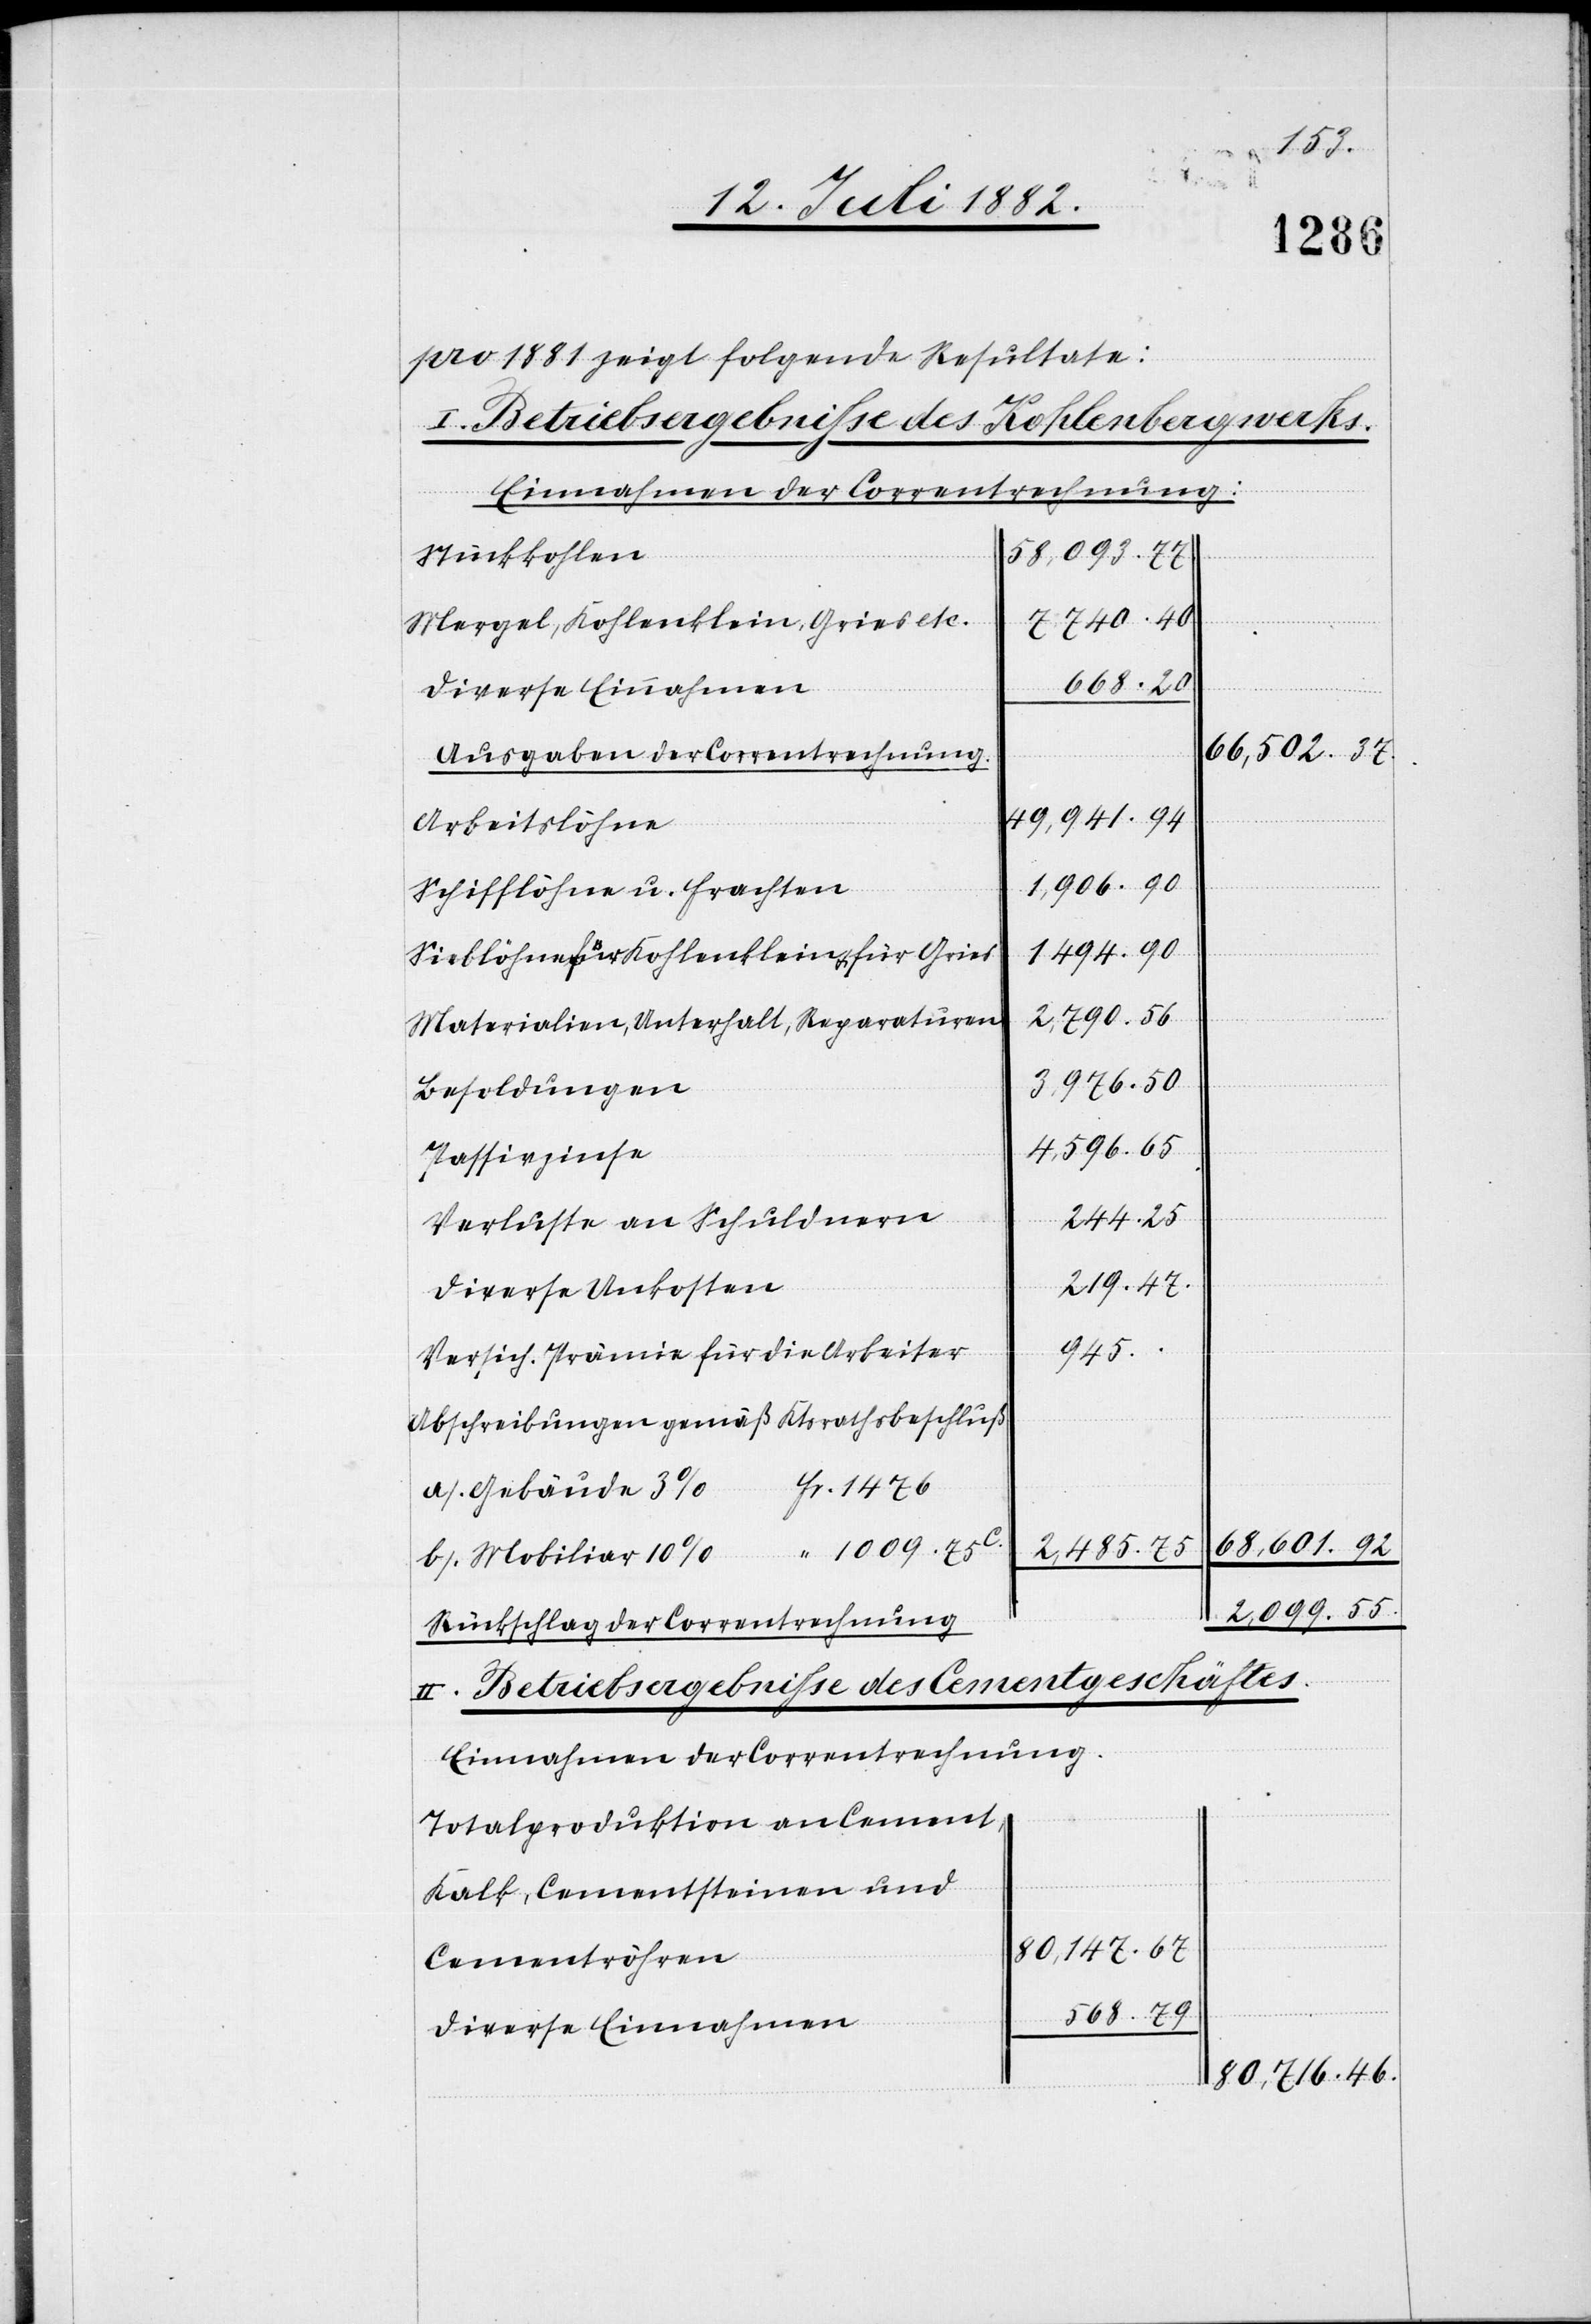
2,485.
pro 1881 zeigt folgende Resultate:
I. Betriebsergebnisse des Kohlenbergwerks.
2,099.
Stückkosten
Mergel, Kohlenklein, Gries etc.
7740.
66,502
Ausgaben der Correntrechnung.
49,941.
Arbeitslöhne
Schifflöhne u. Frachten
Sieblöhne für Kohlenklein & für Gries
Materialien, Unterhalt, Reparaturen
Besoldungen
Passivzinse
Verluste an Schuldnern
Diverse Unkosten
945.
Versich. Prämie für die Arbeiter
Abschreibungen gemäß Ktsrathsbeschluß
46.
a) Gebäude 3%
68,601.
Rückschlag der Correntrechnung
II.Betriebsergebnisse des Cementgeschäftes.
Einnahmen der Correntrechnung.
Totalproduktion an Cement,
Kalk, Cementsteinen und
80,147.
Cementröhren
Diverse Einnahmen